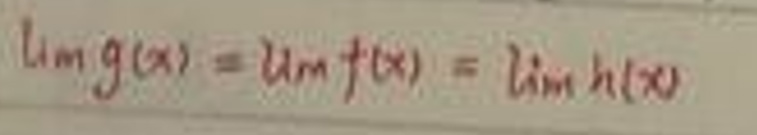
\[
\lim g(x)=\lim f(x)=\lim h(x)
\]